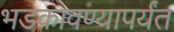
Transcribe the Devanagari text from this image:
भडकावण्यापर्यंत